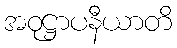
အဝုဋ္ဌာပနီယာတိ